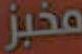
مخبز